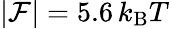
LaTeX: |{\cal F}|=5.6\, k_{\mathrm{B}}T